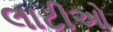
લાટીઓ